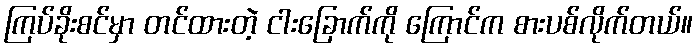
ကြပ်ခိုးစင်မှာ တင်ထားတဲ့ ငါးခြောက်ကို ကြောင်က စားပစ်လိုက်တယ်။